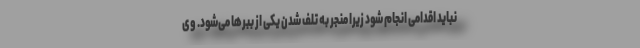
نباید اقدامی انجام شود زیرا منجر به تلف شدن یکی از ببرها می‌شود. وی